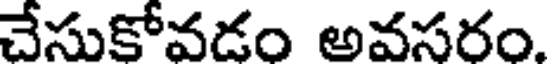
చేసుకోవడం అవసరం.